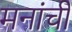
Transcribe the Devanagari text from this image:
मनांची